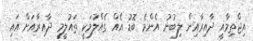
އިޖްތިމާއީ ދާއިރާއިން ލިބުނު އެންމެ ބޮޑު އެއް ގެއްލުމަކީ ތައުލީމީ ދާއިރާއަށް އައި